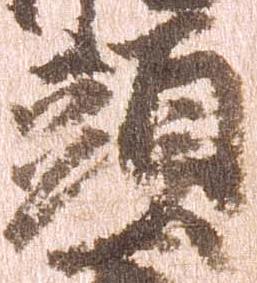
頭